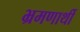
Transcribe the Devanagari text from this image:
भ्रमणार्थी